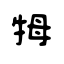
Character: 牳